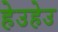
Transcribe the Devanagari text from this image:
हेउहेउ